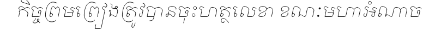
កិច្ចព្រមព្រៀងត្រូវបានចុះហត្ថលេខា ខណៈមហាអំណាច